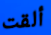
ألقت